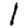
Digit: 1